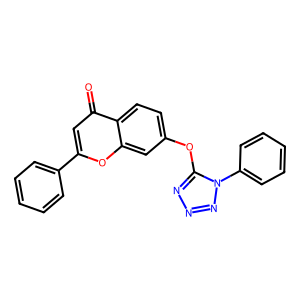
SMILES: O=c1cc(-c2ccccc2)oc2cc(Oc3nnnn3-c3ccccc3)ccc12
Inhibits HIV replication: No